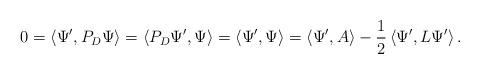
LaTeX: \begin{align*} 0 = \left<\Psi', P_D \Psi\right> = \left<P_D\Psi', \Psi\right> = \left<\Psi', \Psi\right> = \left<\Psi', A \right> - \frac12 \left<\Psi', L\Psi'\right>. \end{align*}